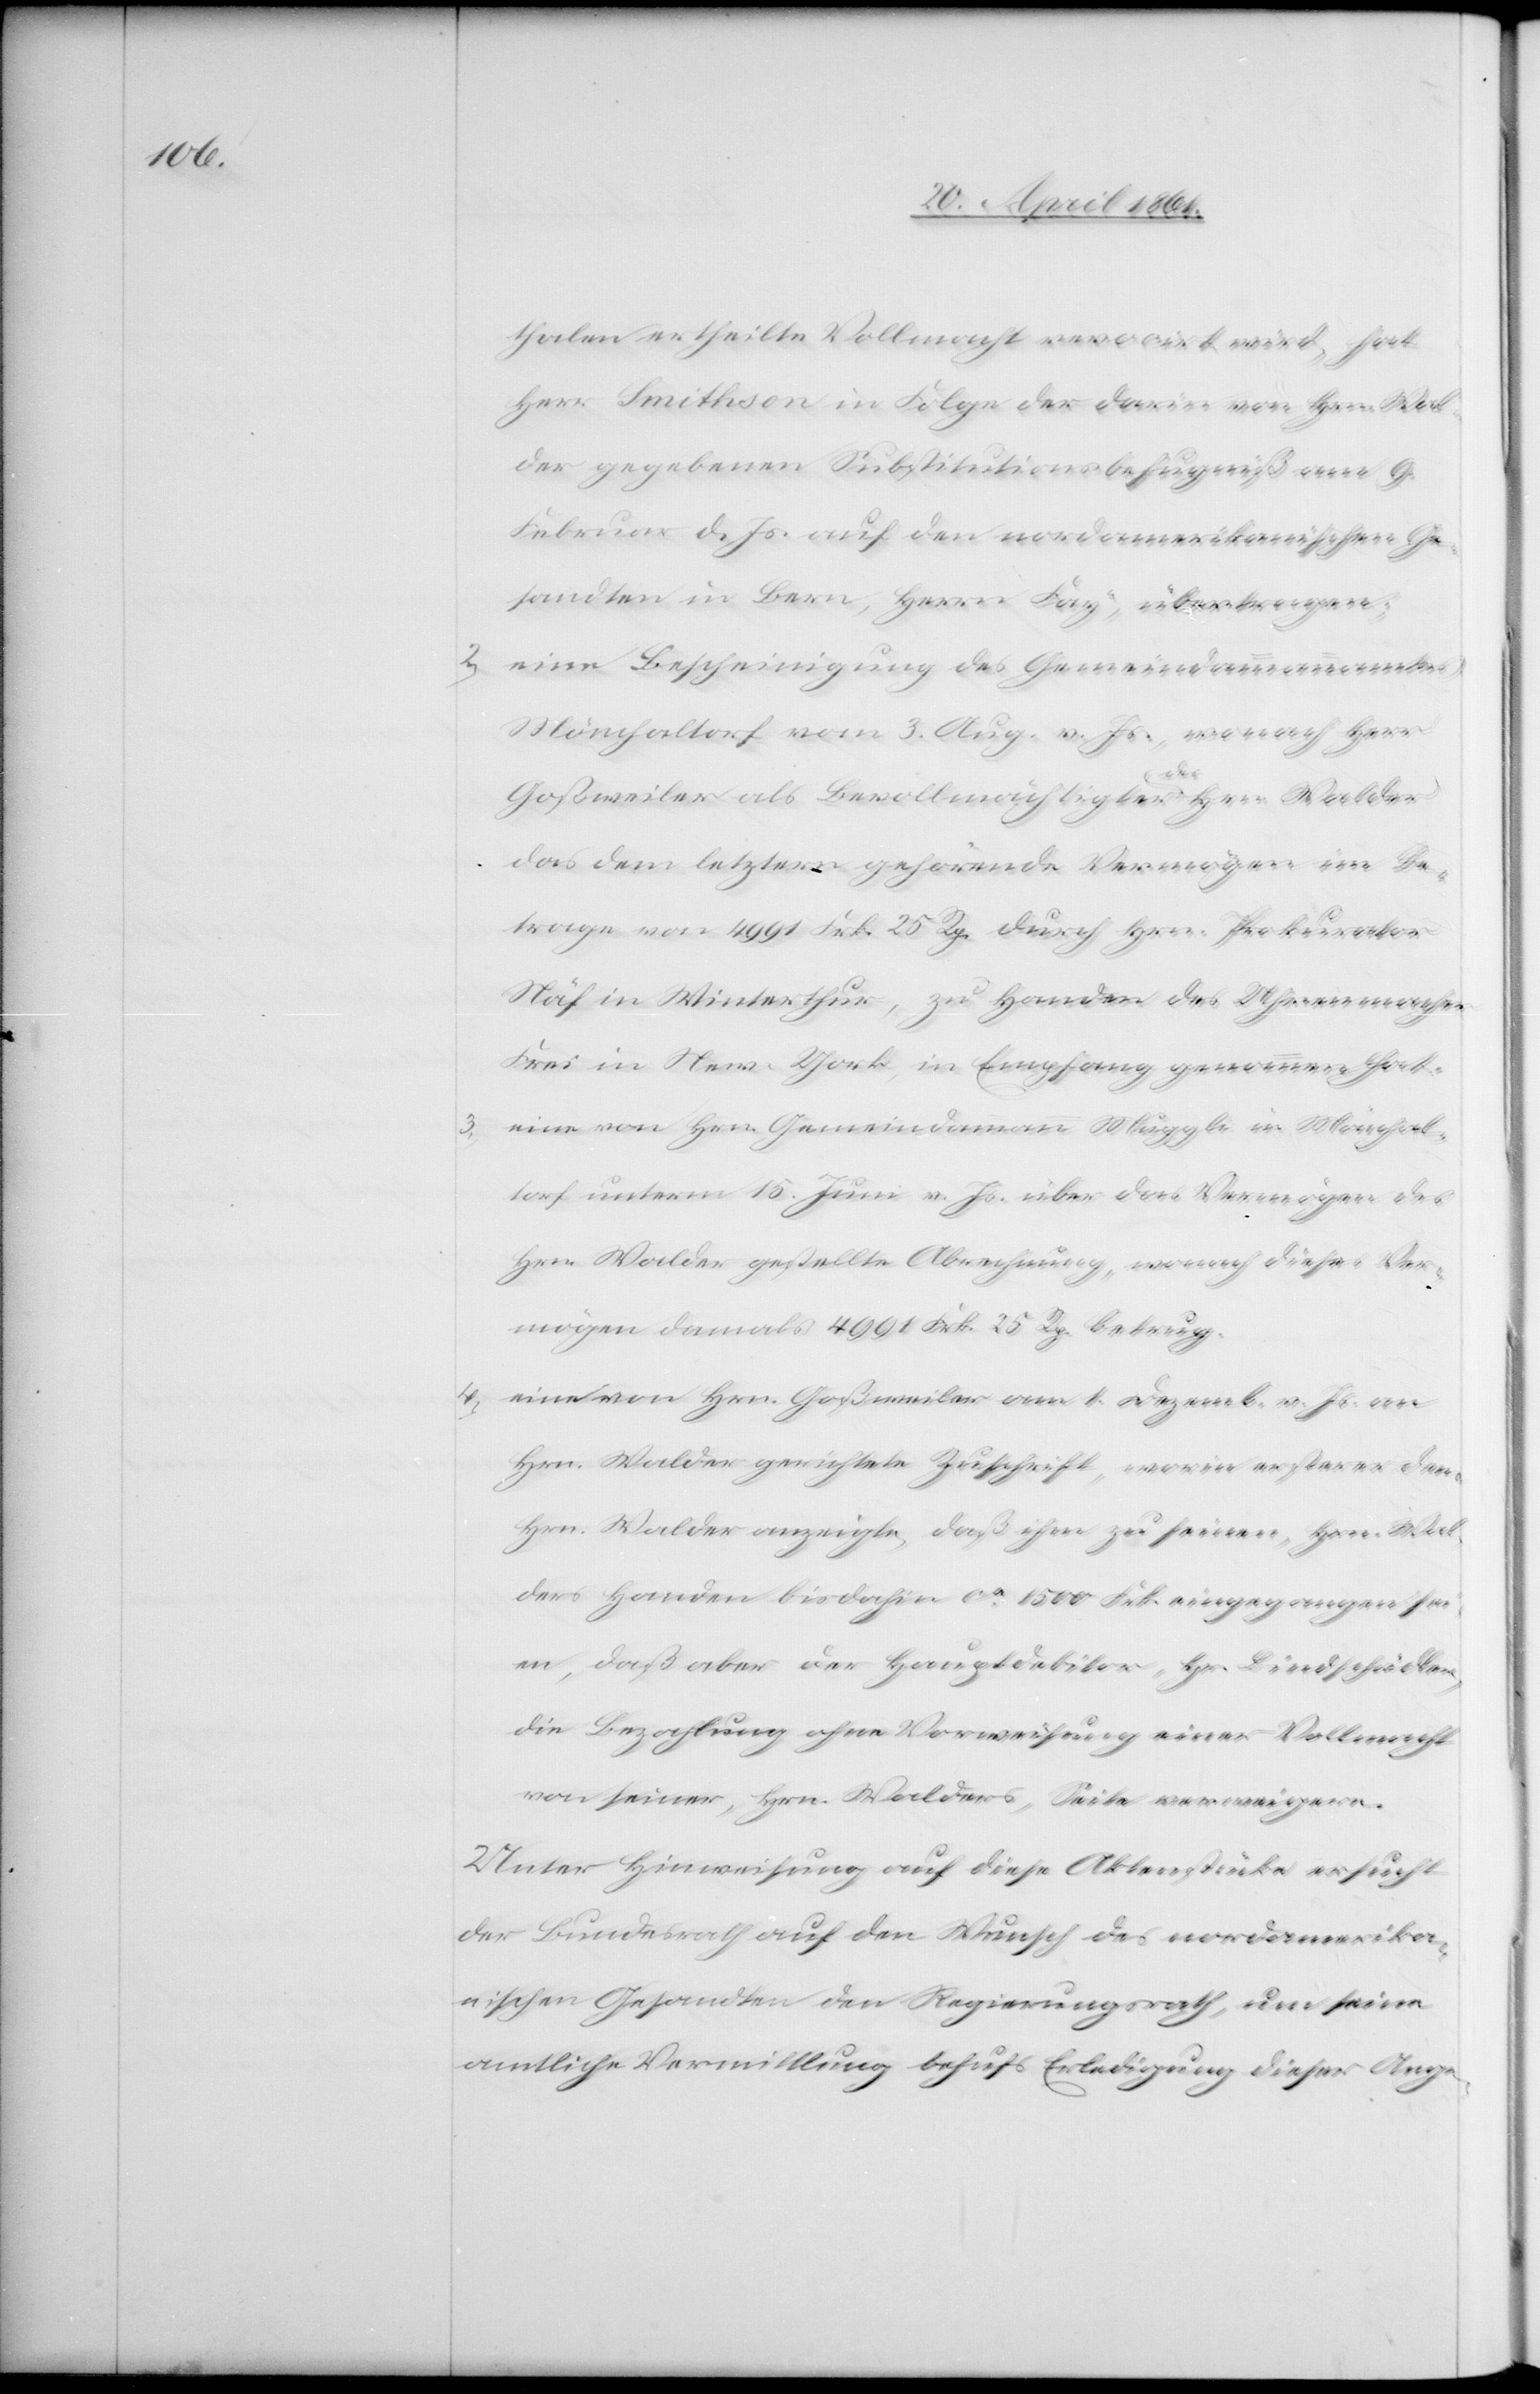
2.

thalen ertheilte Vollmacht verocirt wird, hat
Herr Smithson in Folge der darin von Hrn. Wal¬
der gegebenen Substitutionsbefugniß am 9.
Februar d. Js. auf den nordamerikanischen Ge¬
sandten in Bern, Herrn Fay, übertragen.
eine Bescheinigung des Gemeindammannamtes
Mönchaltorf vom 3. Aug. v. Js., wonach Herr
Goßweiler als Bevollmächtigter des Hrn. Walder
das dem letztern gehörende Vermögen im Be¬
trage von 4991 Frk. 25 Rp. durch Hrn Prokurator
Näf in Winterthur, zu Handen des Uhrenmacher
Frei in New-York, in Empfang genommen hat.
eine von Hrn. Gemeindammann Muggli in Mönchal¬
3.
torf unterm 15. Juni v. Js. über das Vermögen des
Hrn. Walder gestellte Abrechnung, wonach dieses Ver¬
mögen damals 4991 Frk. 25 Rp. betrug.
4. eine von Hrn. Goßweiler am 1. Dezemb. v. Js. an
Hrn. Walder gerichtete Zuschrift, worin ersterer dem
Hrn. Walder anzeigt, daß ihm zu seinen, Hrn. Wal¬
ders Handen, bis dahin ca 1500 Frk. eingegangen si¬
nd, daß aber der Hauptdebitor, Hr. Bindschädler
die Bezahlung ohne Vorweisung einer Vollmacht
von seiner, Hrn. Walders, Seite verweigere.
Unter Hinweisung auf diese Aktenstücke ersucht
der Bundesrath auf den Wunsch des nordamerika¬
nischen Gesandten den Regierungsrath, um seine
amtliche Vermittlung behufs Erledigung dieser Ange-